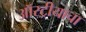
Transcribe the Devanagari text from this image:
ऑस्ट्रीयाचा